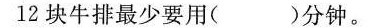
12块牛排最少要用( )分钟。